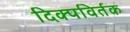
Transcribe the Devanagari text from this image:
दिक्पविर्तक